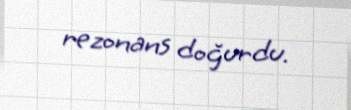
rezonans doğurdu.